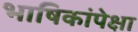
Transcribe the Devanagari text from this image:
भाषिकांपेक्षा